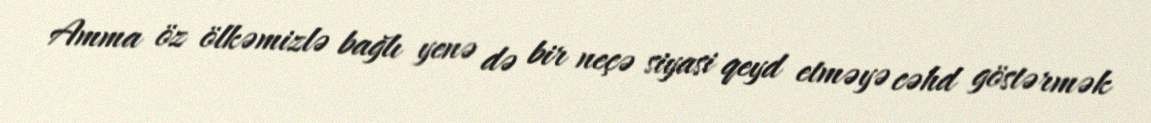
Amma öz ölkəmizlə bağlı yenə də bir neçə siyasi qeyd etməyə cəhd göstərmək